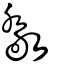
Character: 敽